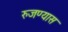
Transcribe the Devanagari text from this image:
रुजण्यास